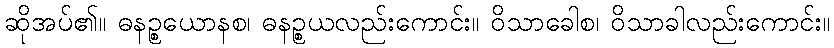
ဆိုအပ်၏။ ဓနဉ္စယောနစ၊ ဓနဉ္စယလည်းကောင်း။ ဝိသာခေါစ၊ ဝိသာခါလည်းကောင်း။